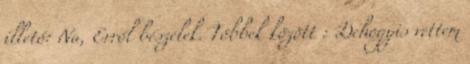
illető: Na, Erről beszélek. Többek között : Dehogyis vettem